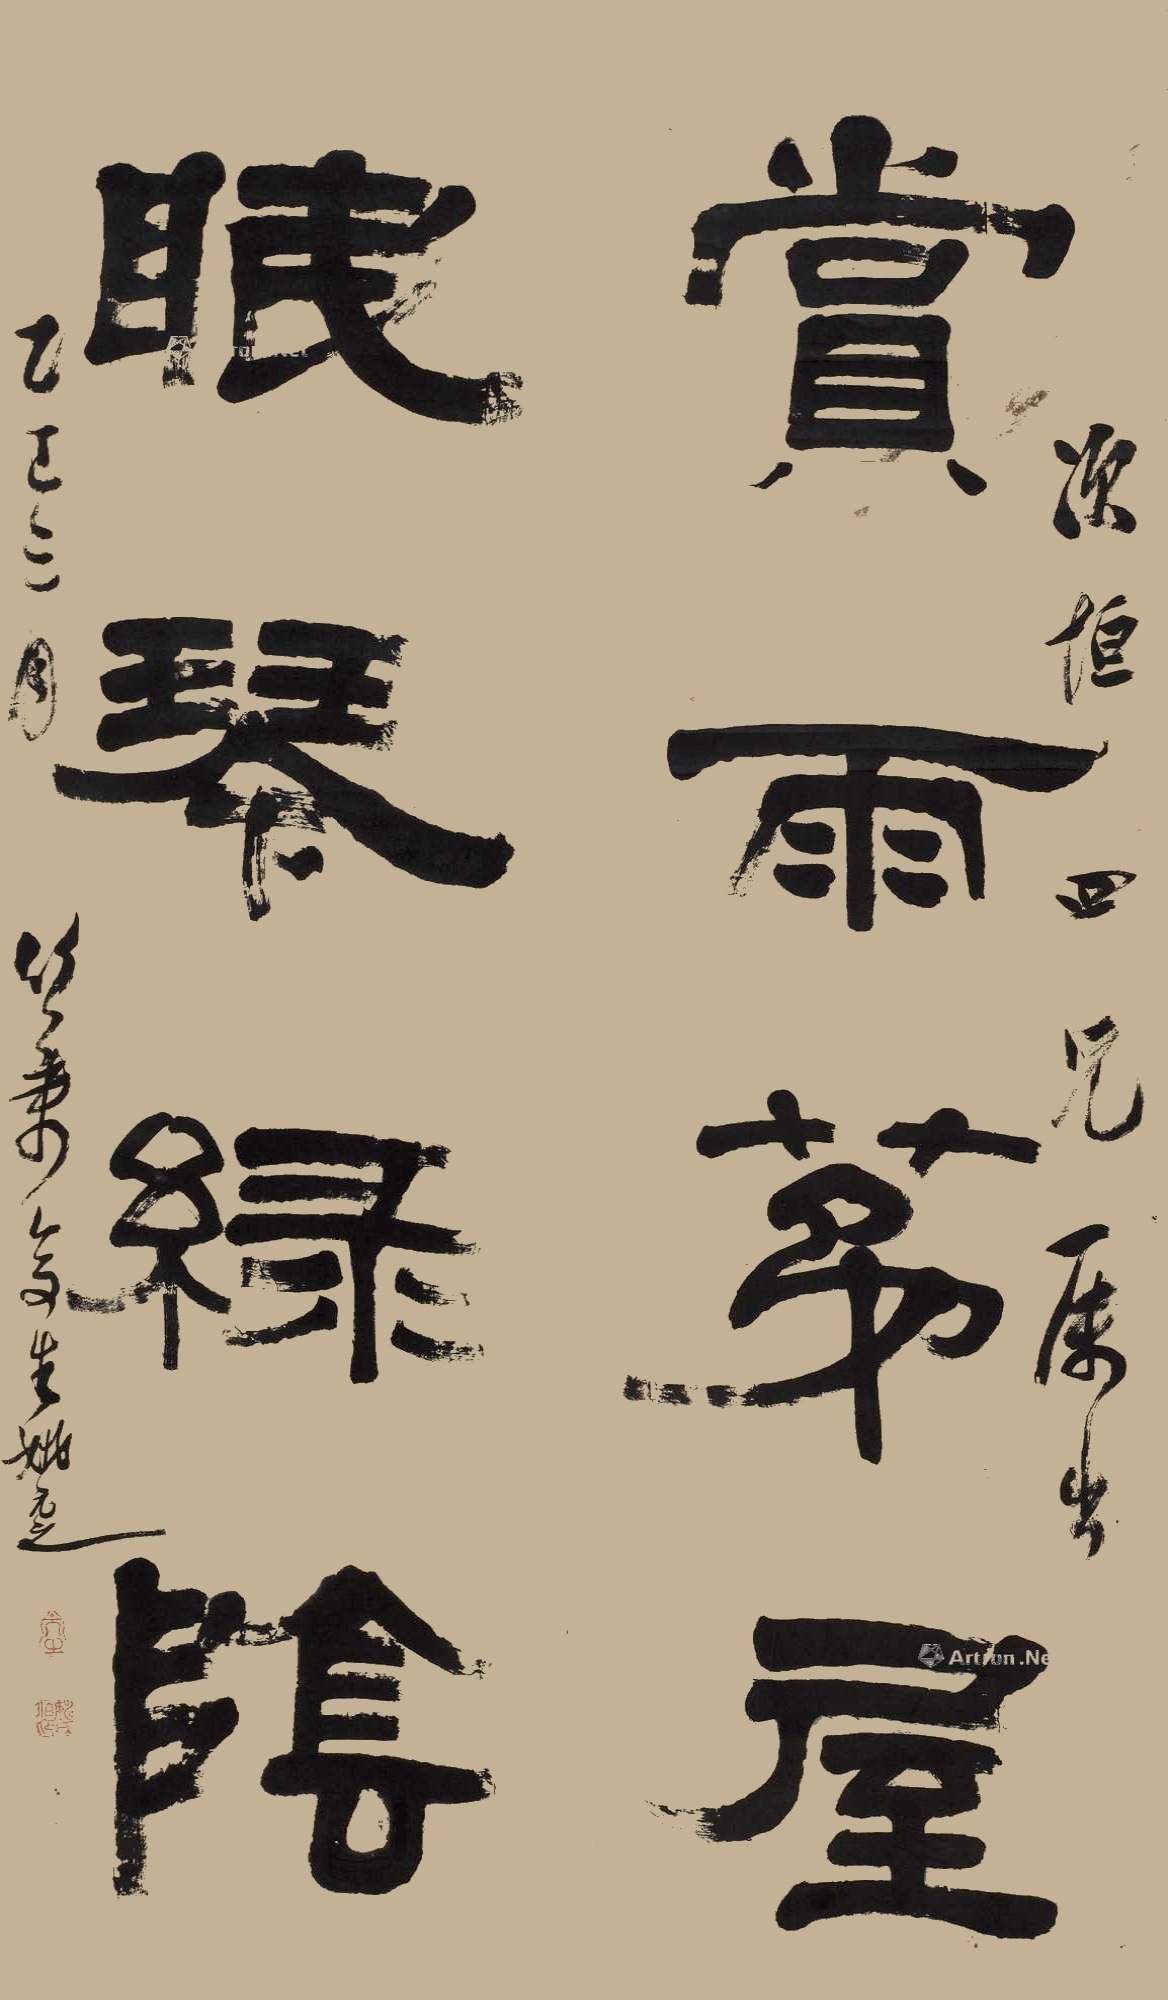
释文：赏雨茅屋，眠琴绿阴。次恒四兄属书，乙巳三月，竹叶亭生姚元之。